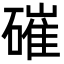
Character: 磪